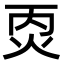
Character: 㶮